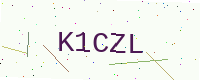
Text: K1CZL